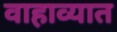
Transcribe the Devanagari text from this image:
वाहाव्यात